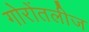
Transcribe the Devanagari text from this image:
गोरोंतलीज